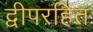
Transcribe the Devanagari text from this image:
द्वीपरहित